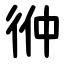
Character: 㣡